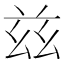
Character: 兹